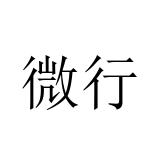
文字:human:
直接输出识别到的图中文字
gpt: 微行